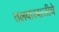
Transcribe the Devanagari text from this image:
तलवारबाजीचे